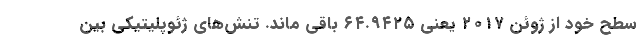
سطح خود از ژوئن ۲۰۱۷ یعنی ۶۴.۹۴۲۵ باقی ماند. تنش‌های ژئوپلیتیکی بین